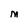
Character: M